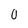
Character: 0